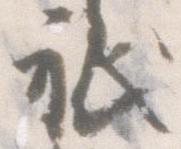
祇